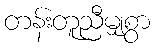
တန်းတူညီမျှစွာ